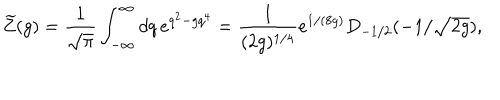
LaTeX: \widetilde Z ( g ) = { \frac { 1 } { \sqrt { \pi } } } \int _ { - \infty } ^ { \infty } d q \, e ^ { q ^ { 2 } - g q ^ { 4 } } = { \frac { 1 } { ( 2 g ) ^ { 1 / 4 } } } e ^ { 1 / ( 8 g ) } D _ { - 1 / 2 } ( - 1 / \sqrt { 2 g } ) ,